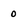
Character: 0